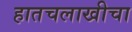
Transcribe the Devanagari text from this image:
हातचलाखीचा